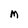
Character: M